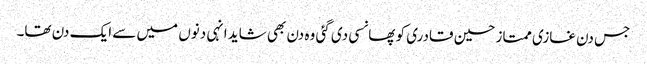
جس دن غازی ممتاز حسین قادری کو پھانسی دی گئی وہ دن بھی شاید انہی دنوں میں سے ایک دن تھا۔